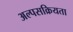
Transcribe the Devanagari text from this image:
अल्पसक्रियता